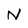
Character: N